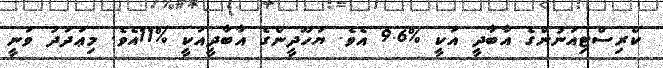
ކްރިސްޓިއަނުންގެ އާބާދީ އަކީ %9.6 އެވެ. ޔަހޫދީންގެ އާބާދީއަކީ %11އެވެ. މިޢަދަދު ވަނީ